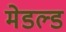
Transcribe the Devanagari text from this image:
मेडल्ड